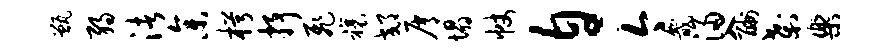
甑弱渚参枵抒飞禳郊屑塌帐自今畿浸入酬刹乐